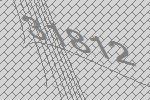
31812